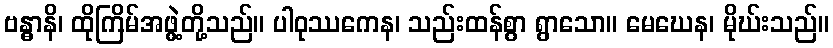
ဗန္ဓာနိ၊ ထိုကြိမ်အဖွဲ့တို့သည်။ ပါဝုဿကေန၊ သည်းထန်စွာ ရွာသော။ မေဃေန၊ မိုဃ်းသည်။